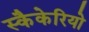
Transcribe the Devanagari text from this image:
स्कैकेरियो